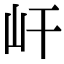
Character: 屽